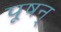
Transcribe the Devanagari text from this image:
पूषन्